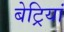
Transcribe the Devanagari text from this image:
बेट्रियां